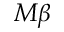
M \beta